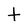
Character: t